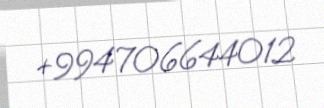
+994706644012